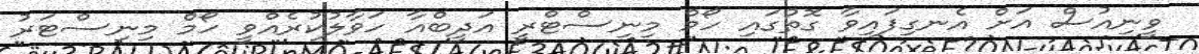
ވީނިއުސް އަށް އެނގިފައިވާ ގޮތުގައި ހޯމް މިނިސްޓްރީ އަދީބްއާ ހަވާލުކުރެއްވީ ހޯމް މިނިސްޓަރު